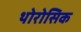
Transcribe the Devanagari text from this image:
थोरोसिक